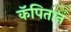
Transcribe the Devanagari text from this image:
कॅपितान